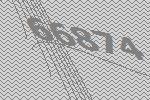
66874